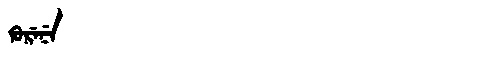
Manchu: ᡴᡠᡵᡝᠨᡝ
Romanization: KURENE